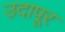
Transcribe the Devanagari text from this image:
उदापूर